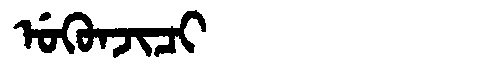
Manchu: ᡠᡴᡠᠨᠵᡳᠴᡳ
Romanization: UKUNJICI